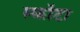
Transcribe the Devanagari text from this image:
स्कॉटा